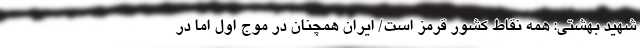
شهید بهشتی: همه نقاط کشور قرمز است/ ایران همچنان در موج اول اما در